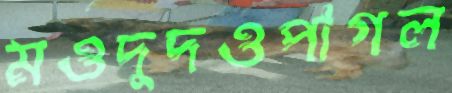
মওদুদওপাগল